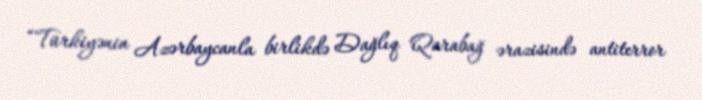
“Türkiyənin Azərbaycanla birlikdə Dağlıq Qarabağ ərazisində antiterror